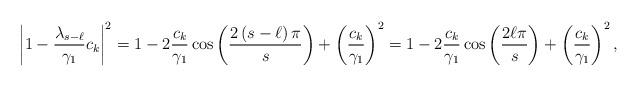
LaTeX: \begin{align*}\left|1-\frac{\lambda_{s-\ell}}{\gamma_1}c_k \right|^2=1-2\frac{c_k}{\gamma_1}\cos\left(\frac{2 \left( s- \ell \right) \pi}{s} \right)+\left(\frac{c_k}{\gamma_1} \right)^2=1-2\frac{c_k}{\gamma_1}\cos\left(\frac{2 \ell \pi}{s} \right)+\left(\frac{c_k}{\gamma_1} \right)^2,\end{align*}